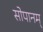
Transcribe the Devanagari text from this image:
सोपानम्